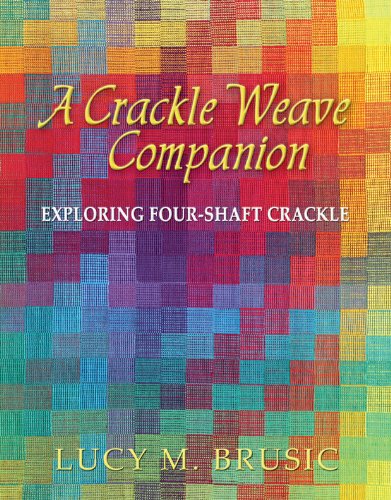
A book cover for A Crackle Weave Companion: Exploring Four-Shaft Crackle; Lucy Brusic; Crafts, Hobbies & Home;